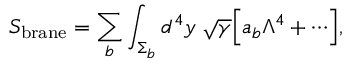
S _ { \mathrm { b r a n e } } = \sum _ { b } \int _ { \Sigma _ { b } } d ^ { 4 } y \; \sqrt \gamma \Bigl [ a _ { b } \Lambda ^ { 4 } + \cdots \Bigr ] ,